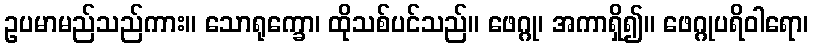
ဥပမာမည်သည်ကား။ သောရုက္ခော၊ ထိုသစ်ပင်သည်။ ဖေဂ္ဂု၊ အကာရှိ၍။ ဖေဂ္ဂုပရိဝါရော၊